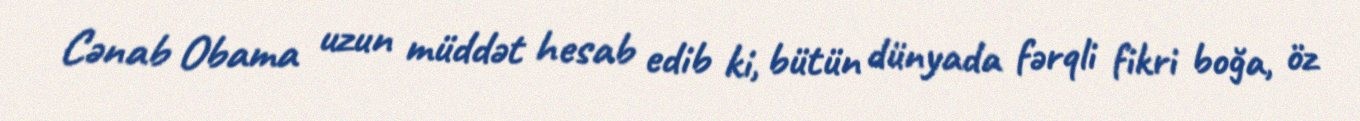
Cənab Obama uzun müddət hesab edib ki, bütün dünyada fərqli fikri boğa, öz